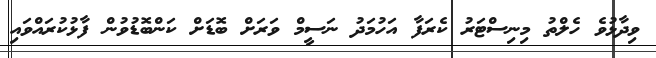
ވިދާޅުވެ ހެލްތު މިނިސްޓަރު ކެރަފާ އަހުމަދު ނަސީމް ވަރަށް ބޮޑަށް ކަންބޮޑުވުން ފާޅުކުރައްވައި